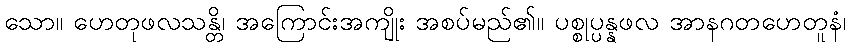
သော။ ဟေတုဖလသန္တိ၊ အကြောင်းအကျိုး အစပ်မည်၏။ ပစ္စုပ္ပန္နဖလ အာနဂတဟေတူနံ၊